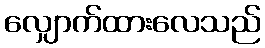
လျှောက်ထားလေသည်